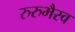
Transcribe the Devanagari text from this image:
रुरुभैरव